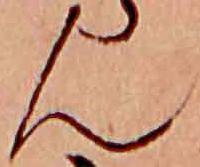
ん